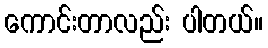
ကောင်းတာလည်း ပါတယ်။